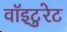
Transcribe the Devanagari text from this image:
वॉइटुरेट